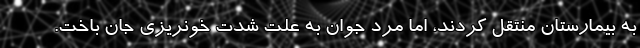
به بیمارستان منتقل کردند، اما مرد جوان به علت شدت خونریزی جان باخت.